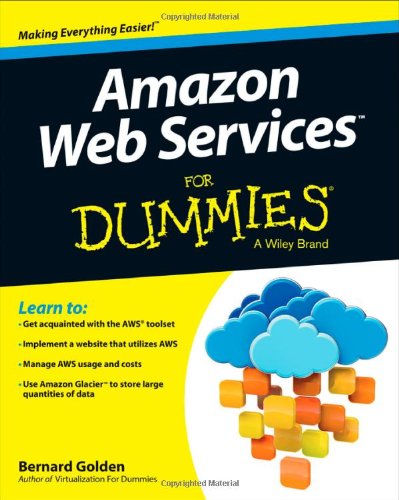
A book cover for Amazon Web Services For Dummies; Bernard Golden; Computers & Technology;